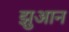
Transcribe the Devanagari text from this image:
झुआन